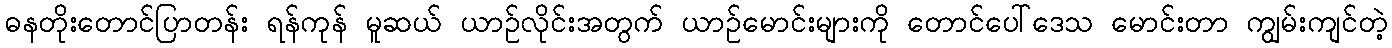
ဓနတိုးတောင်ပြာတန်း ရန်ကုန် မူဆယ် ယာဉ်လိုင်းအတွက် ယာဉ်မောင်းများကို တောင်ပေါ်ဒေသ မောင်းတာ ကျွမ်းကျင်တဲ့